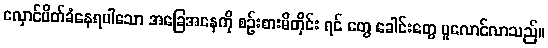
လှောင်ပိတ်ခံနေရပါသော အခြေအနေကို စဉ်းစားမိတိုင်း ရင် တွေ ခေါင်းတွေ ပူလောင်လာသည်။